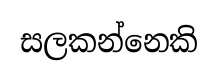
සලකන්නෙකි